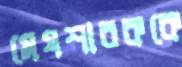
মেষশাবককে